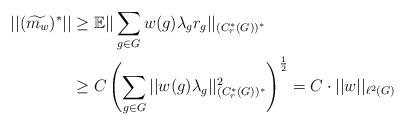
LaTeX: \begin{align*}||(\widetilde{m_w})^*||& \ge \mathbb{E}||\sum_{g\in G} w(g)\lambda_g r_g||_{(C^*_r(G))^*}\\& \ge C \left(\sum_{g\in G} ||w(g)\lambda_g ||^2_{(C^*_r(G))^*}\right)^{\frac{1}{2}} = C\cdot ||w||_{\ell^2(G)}\end{align*}